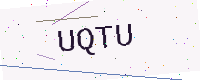
Text: UQTU